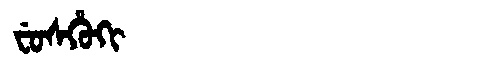
Manchu: ᠸᡠᠰᡥᡠᡴᡳ
Romanization: FUSHUKI